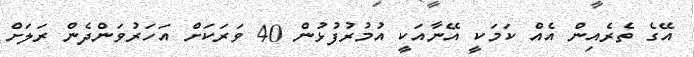
އޭގެ ތެރެއިން އެއް ކަމަކީ އޭނާއަކީ އުމުރުފުޅުން 40 ވަރަކަށް އަހަރުވަންދެން ރަލަށް